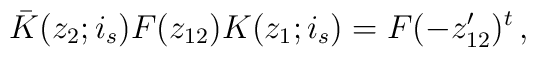
\bar{K}(z_{2};i_{s})F(z_{12}) K(z_{1};i_{s})=F(-z^{\prime}_{12})^{t}\,,